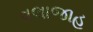
વલાજાહ